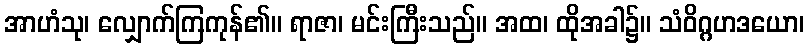
အာဟံသု၊ လျှောက်ကြကုန်၏။ ရာဇာ၊ မင်းကြီးသည်။ အထ၊ ထိုအခါ၌။ သံဝိဂ္ဂဟဒယော၊